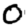
Digit: 0